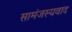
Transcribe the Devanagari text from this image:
सामंजस्यवाद